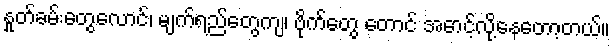
နှုတ်ခမ်းတွေလောင်၊ မျက်ရည်တွေကျ၊ ဗိုက်တွေ တောင် အောင့်လို့နေတော့တယ်။